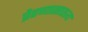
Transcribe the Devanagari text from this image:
प्रेरणासातत्य